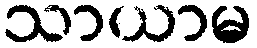
သာယာမ